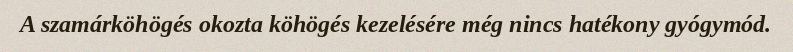
A szamárköhögés okozta köhögés kezelésére még nincs hatékony gyógymód.